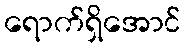
ရောက်ရှိအောင်